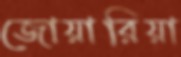
জোয়ারিয়া